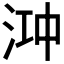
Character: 𬇧